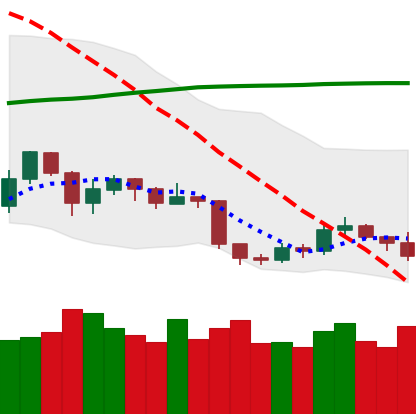
Ticker: ETH-USD
Chart end date: 2019-09-06
Forward return: 5.16%
Label: up_5_7